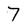
Character: 7